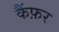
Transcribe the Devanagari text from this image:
कैंफ़र